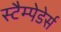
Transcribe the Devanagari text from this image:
स्टैम्पेडेर्स